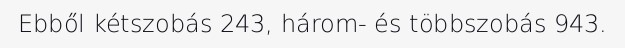
Ebből kétszobás 243, három- és többszobás 943.